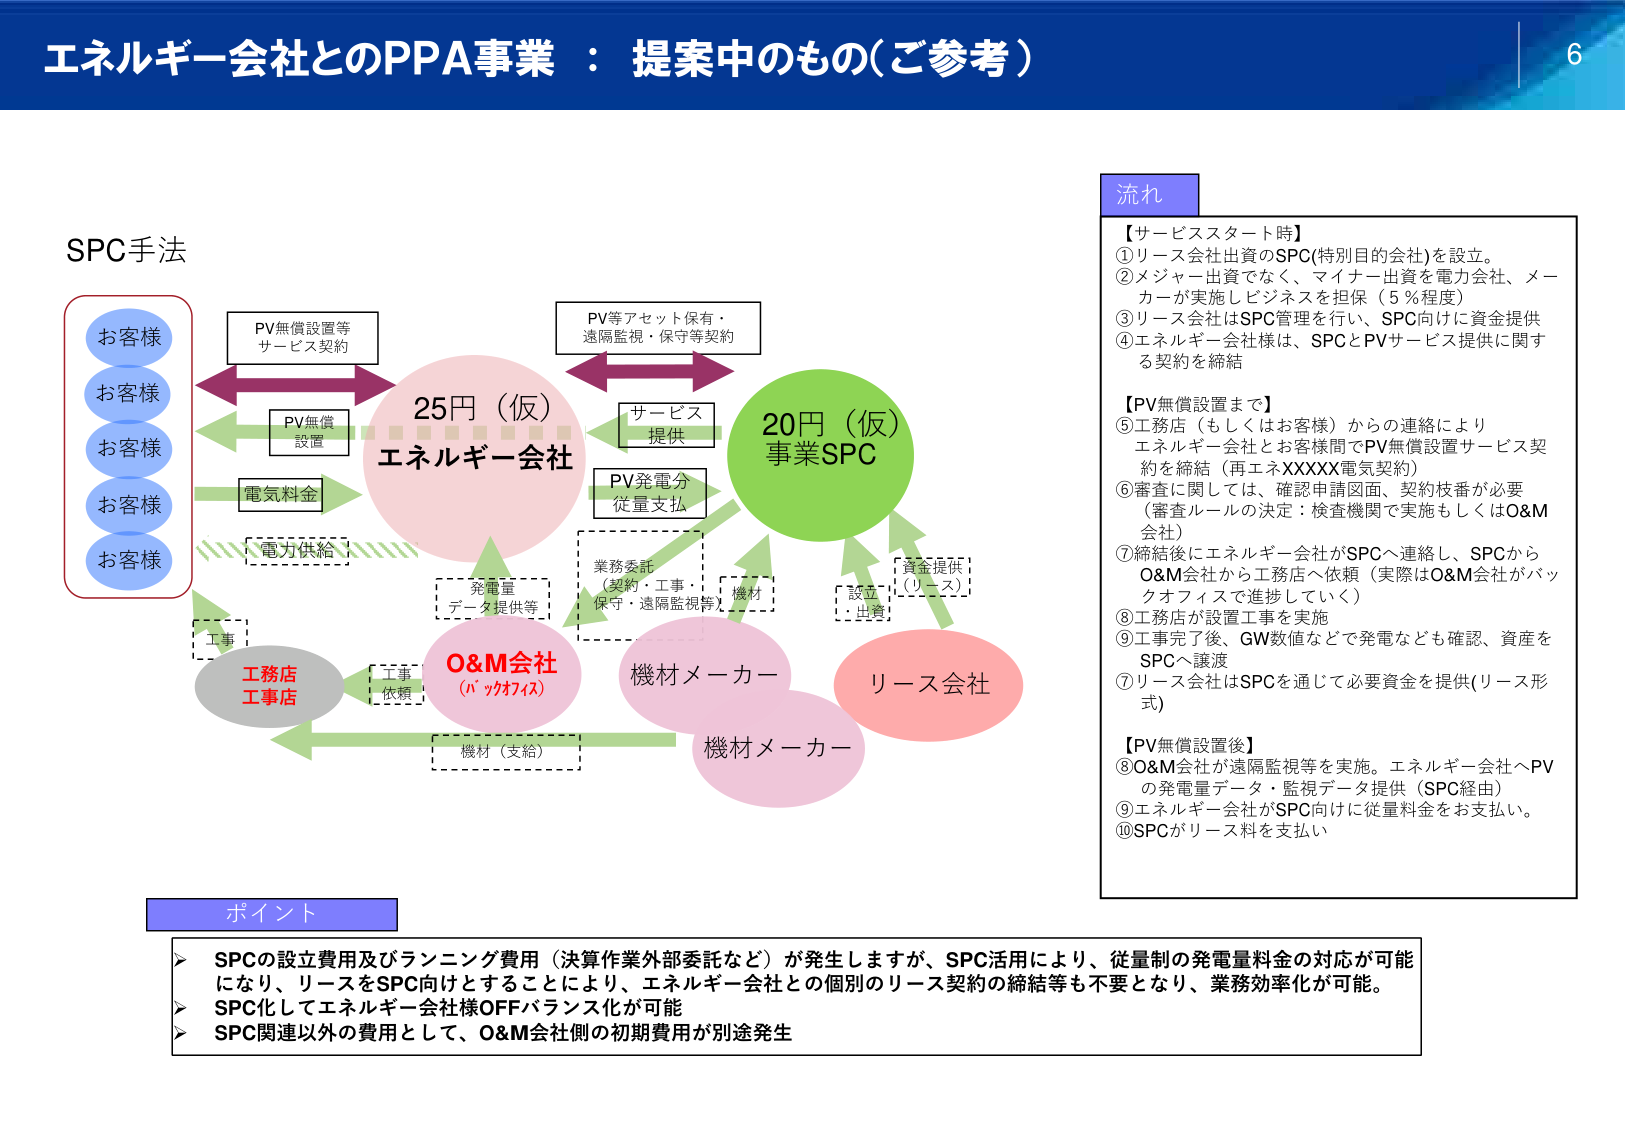
エネルギー会社とのPPA事業：提案中のもの（ご参考）

6

SPC手法

お客様
お客様
お客様
お客様
お客様

PV無償設置等
サービス契約

PV無償
設置

電気料金

電力供給

工事

工務店
工事店

工事
依頼

25円（仮）
エネルギー会社

発電量
データ提供等

O&M会社
（ﾊﾞｯｸｵﾌｨｽ）

業務委託
（契約・工事・
保守・遠隔監視等）

機材

PV等アセット保有・
遠隔監視・保守等契約

サービス
提供

PV発電分
従量支払

20円（仮）
事業SPC

資金提供
（リース）

設立
・出資

リース会社

機材メーカー

機材（支給）

機材メーカー

流れ

【サービススタート時】
①リース会社出資のSPC（特別目的会社）を設立。
②メジャー出資でなく、マイナー出資を電力会社、メーカーが実施しビジネスを担保（5％程度）
③リース会社はSPC管理を行い、SPC向けに資金提供
④エネルギー会社様は、SPCとPVサービス提供に関する契約を締結

【PV無償設置まで】
⑤工務店（もしくはお客様）からの連絡により
エネルギー会社とお客様間でPV無償設置サービス契約を締結（再エネXXXX電気契約）
⑥審査に関しては、確認申請図面、契約枝番が必要
（審査ルールの決定：検査機関で実施もしくはO&M会社）
⑦締結後にエネルギー会社がSPCへ連絡し、SPCからO&M会社から工務店へ依頼（実際はO&M会社がバックオフィスで進捗していく）
⑧工務店が設置工事を実施
⑨工事完了後、GW数値などで発電なども確認、資産をSPCへ譲渡
⑦リース会社はSPCを通じて必要資金を提供（リース形式）

【PV無償設置後】
⑧O&M会社が遠隔監視等を実施。エネルギー会社へPVの発電量データ・監視データ提供（SPC経由）
⑨エネルギー会社がSPC向けに従量料金をお支払い。
⑩SPCがリース料を支払い

ポイント

▶ SPCの設立費用及びランニング費用（決算作業外部委託など）が発生しますが、SPC活用により、従量制の発電量料金の対応が可能になり、リースをSPC向けとすることにより、エネルギー会社との個別のリース契約の締結等も不要となり、業務効率化が可能。
▶ SPC化してエネルギー会社様OFFバランス化が可能
▶ SPC関連以外の費用として、O&M会社側の初期費用が別途発生